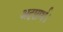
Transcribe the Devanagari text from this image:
अदृष्टार्थ।